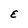
Character: E